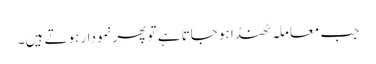
جب معاملہ ٹھنڈا ہو جاتا ہے تو پھر نمودار ہوتے ہیں ۔